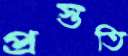
প্রস্ততি